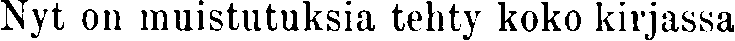
Nyt on muistutuksia tehty koko kirjassa